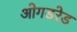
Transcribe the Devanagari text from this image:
ओगडरेड